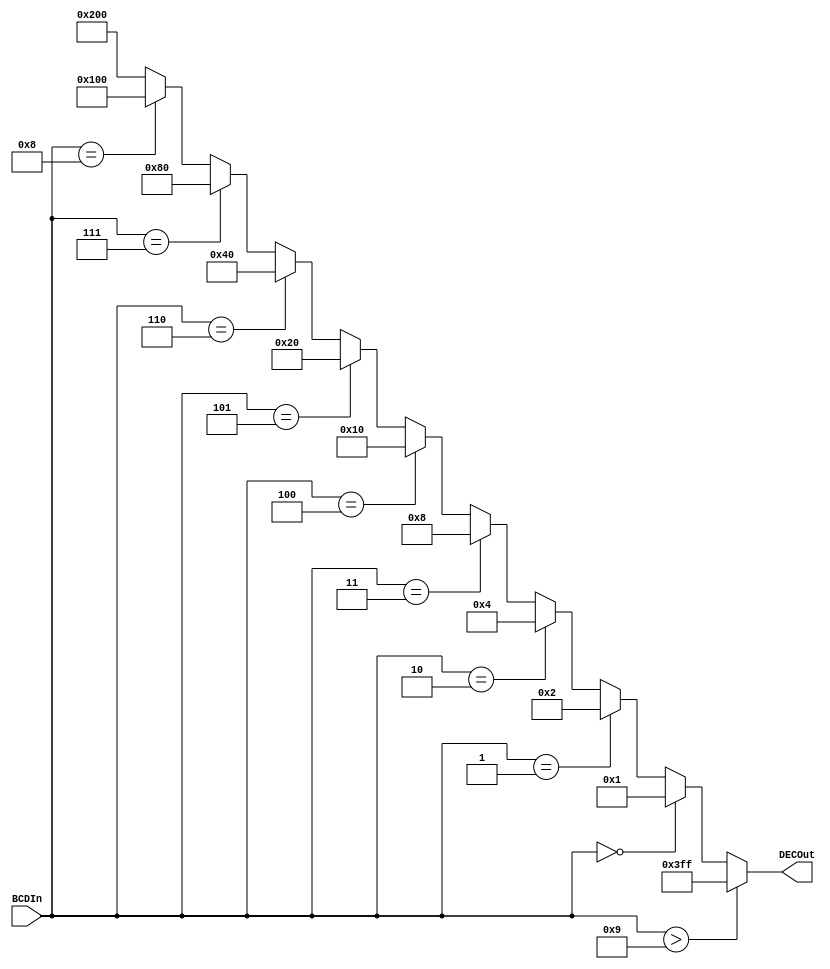
//2  ,       gate
module BCDtoDecimal(
    output [9:0] DECOut,
    input [3:0] BCDIn
);

assign DECOut = 
    (BCDIn > 4'b1001) ? 10'b11_1111_1111 :
    (BCDIn == 4'b0000) ? 10'b00_0000_0001 :
    (BCDIn == 4'b0001) ? 10'b00_0000_0010 :
    (BCDIn == 4'b0010) ? 10'b00_0000_0100 :
    (BCDIn == 4'b0011) ? 10'b00_0000_1000 :
    (BCDIn == 4'b0100) ? 10'b00_0001_0000 :
    (BCDIn == 4'b0101) ? 10'b00_0010_0000 :
    (BCDIn == 4'b0110) ? 10'b00_0100_0000 :
    (BCDIn == 4'b0111) ? 10'b00_1000_0000 :
    (BCDIn == 4'b1000) ? 10'b01_0000_0000 :
    (BCDIn == 4'b1001) ? 10'b10_0000_0000 :
    10'b10_0000_0000;

endmodule

module Top;
reg [3:0] BCDIn;
wire [9:0] DECOut;
BCDtoDecimal decoder(
    .DECOut(DECOut),
    .BCDIn(BCDIn)
);

initial
begin
    BCDIn = 4'b0000;
    $monitor($time, " BCDIn = %d --> DECOut = %b", BCDIn, DECOut); //display     monitor    
    #10 BCDIn = 4'b0001;
    #10 BCDIn = 4'b0010;
    #10 BCDIn = 4'b0011;
    #10 BCDIn = 4'b0100;
    #10 BCDIn = 4'b0101;
    #10 BCDIn = 4'b0110;
    #10 BCDIn = 4'b0111;
    #10 BCDIn = 4'b1000;
    #10 BCDIn = 4'b1001;
    #10 BCDIn = 4'b1010;
    #10 BCDIn = 4'b1011;
    #10 BCDIn = 4'b1100;
    #10 BCDIn = 4'b1101;
    #10 BCDIn = 4'b1110;
    #10 BCDIn = 4'b1111;
    #10 BCDIn = 4'b0000;
end

endmodule